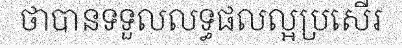
ថាបានទទួលលទ្ធផលល្អប្រសើរ